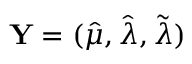
\mathbf { Y } = ( \hat { \mu } , \hat { \lambda } , \tilde { \lambda } )